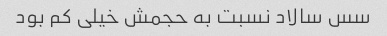
سس سالاد نسبت به حجمش خیلی کم بود